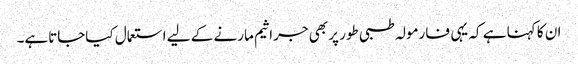
ان کا کہنا ہے کہ یہی فارمولہ طبی طور پر بھی جراثیم مارنے کے لیے استعمال کیاجاتاہے۔